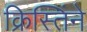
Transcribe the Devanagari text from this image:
क्रिस्तिंने